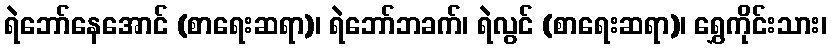
ရဲဘော်နေအောင် (စာရေးဆရာ)၊ ရဲဘော်ဘခက်၊ ရဲလွင် (စာရေးဆရာ)၊ ရွှေကိုင်းသား၊